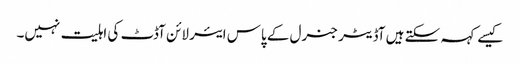
کیسے کہہ سکتے ہیں آڈیٹر جنرل کے پاس ایئر لائن آڈٹ کی اہلیت نہیں۔